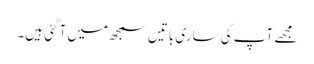
مجھے آپ کی ساری باتیں سمجھ میں آ گئی ہیں۔